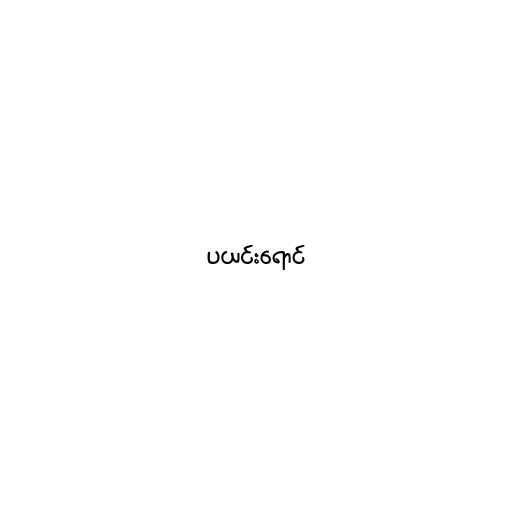
ပယင်းရောင်